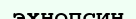
эхнопсин